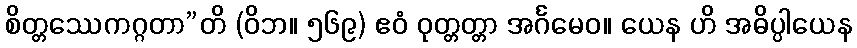
စိတ္တဿေကဂ္ဂတာ”တိ (ဝိဘ။ ၅၆၉) ဧဝံ ဝုတ္တတ္တာ အင်္ဂမေဝ။ ယေန ဟိ အဓိပ္ပါယေန